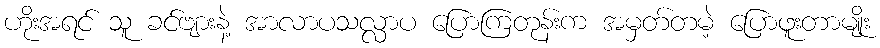
ဟိုးအရင် သူ ခင်ဗျားနဲ့ အာလာပသလ္လာပ ပြောကြတုန်းက အမှတ်တမဲ့ ပြောဖူးတာမျိုး